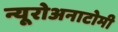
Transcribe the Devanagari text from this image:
न्यूरोअनाटोमी